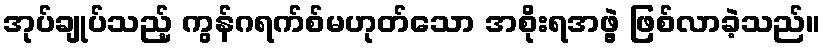
အုပ်ချုပ်သည့် ကွန်ဂရက်စ်မဟုတ်သော အစိုးရအဖွဲ့ ဖြစ်လာခဲ့သည်။